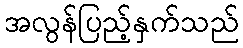
အလွန်ပြည့်နှက်သည်